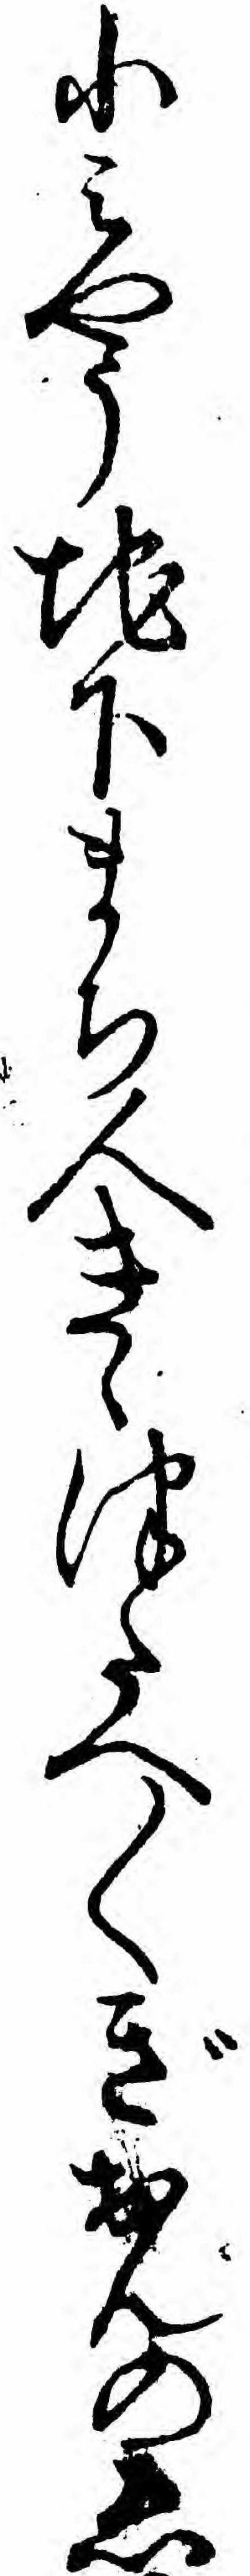
小ミやう地下まち人きゝつたへ〱ぎおんのゑ